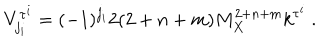
V _ { j _ { i } } ^ { \tau ^ { i } } = ( - 1 ) ^ { j _ { i } } 2 ( 2 + n + m ) M _ { X } ^ { 2 + n + m } k ^ { \tau ^ { i } } ~ . ~ \,